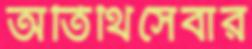
অতিথিসেবার